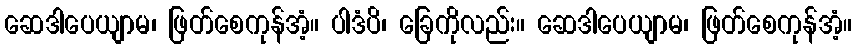
ဆေဒါပေယျာမ၊ ဖြတ်စေကုန်အံ့။ ပါဒံပိ၊ ခြေကိုလည်း။ ဆေဒါပေယျာမ၊ ဖြတ်စေကုန်အံ့။